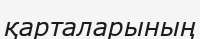
қарталарының